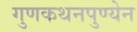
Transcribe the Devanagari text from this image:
गुणकथनपुण्येन